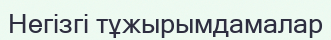
Негізгі тұжырымдамалар